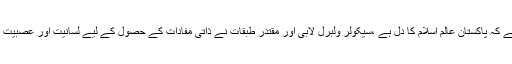
قبل ازیں لیاقت بلوچ نے خطبہ جمعہ سے خطاب کرتے ہوئے کہا ہے کہ پاکستان عالم اسلام کا دل ہے ،سیکولر ولبرل لابی اور مقتدر طبقات نے ذاتی مفادات کے حصول کے لیے لسانیت اور عصبیت کے جھگڑوں میں الجھا کر پوری قوم کو تقسیم کرکے رکھ دیا ہے ۔